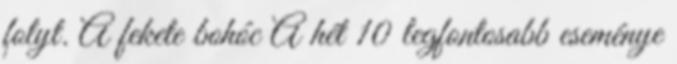
folyt. A fekete bohóc A hét 10 legfontosabb eseménye